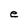
Character: e